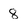
Character: 8